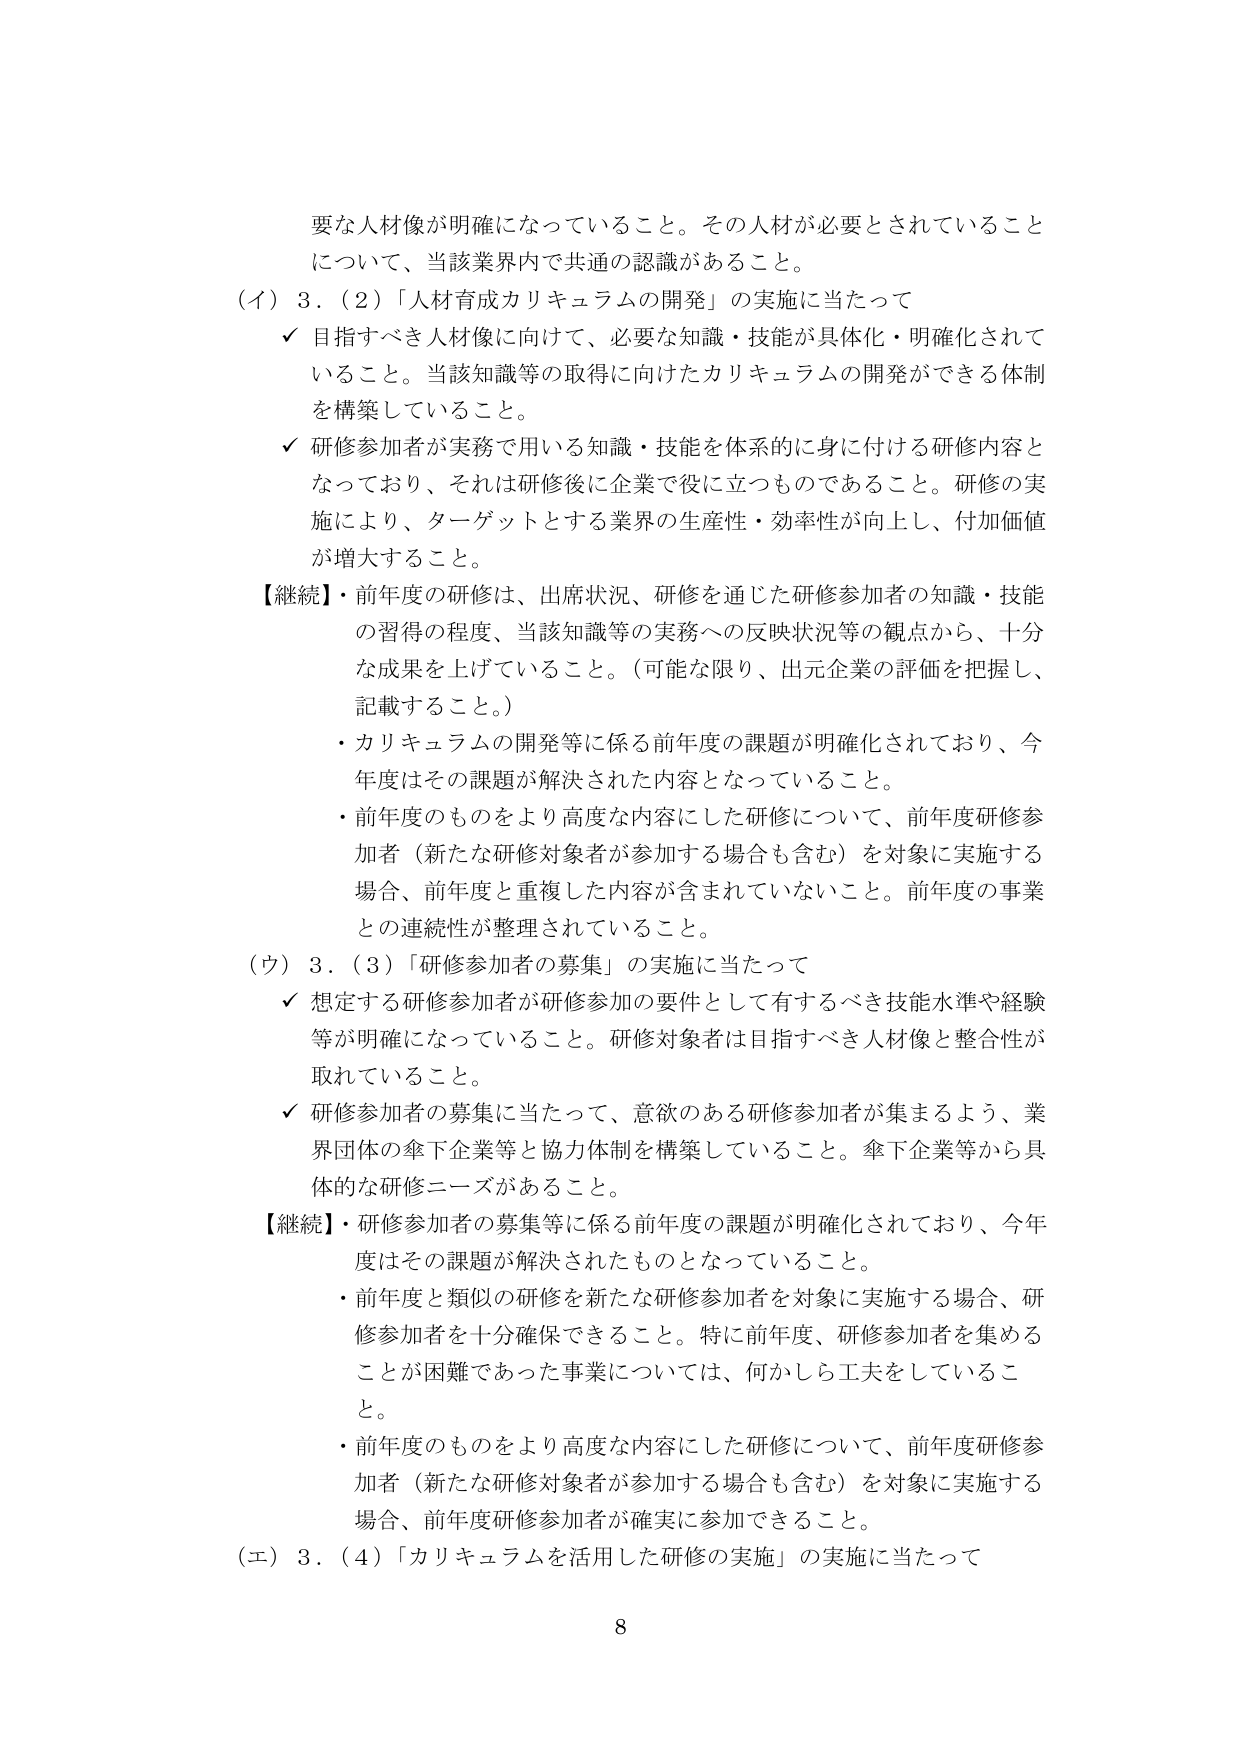
要な人材像が明確になっていること。その人材が必要とされていることについて、当該業界内で共通の認識があること。

（イ）3．（2）「人材育成カリキュラムの開発」の実施に当たって

✓ 目指すべき人材像に向けて、必要な知識・技能が具体化・明確化されていること。当該知識等の取得に向けたカリキュラムの開発ができる体制を構築していること。

✓ 研修参加者が実務で用いる知識・技能を体系的に身に付ける研修内容となっており、それは研修後に企業で役に立つものであること。研修の実施により、ターゲットとする業界の生産性・効率性が向上し、付加価値が増大すること。

【継続】・前年度の研修は、出席状況、研修を通じた研修参加者の知識・技能の習得の程度、当該知識等の実務への反映状況等の観点から、十分な成果を上げていること。（可能な限り、出元企業の評価を把握し、記載すること。）

・カリキュラムの開発等に係る前年度の課題が明確化されており、今年度はその課題が解決された内容となっていること。

・前年度のものをより高度な内容にした研修について、前年度研修参加者（新たな研修対象者が参加する場合も含む）を対象に実施する場合、前年度と重複した内容が含まれていないこと。前年度の事業との連続性が整理されていること。

（ウ）3．（3）「研修参加者の募集」の実施に当たって

✓ 想定する研修参加者が研修参加の要件として有するべき技能水準や経験等が明確になっていること。研修対象者は目指すべき人材像と整合性が取れていること。

✓ 研修参加者の募集に当たって、意欲のある研修参加者が集まるよう、業界団体の傘下企業等と協力体制を構築していること。傘下企業等から具体的な研修ニーズがあること。

【継続】・研修参加者の募集等に係る前年度の課題が明確化されており、今年度はその課題が解決されたものとなっていること。

・前年度と類似の研修を新たな研修参加者を対象に実施する場合、研修参加者を十分確保できること。特に前年度、研修参加者を集めることが困難であった事業については、何かしら工夫をしていること。

・前年度のものをより高度な内容にした研修について、前年度研修参加者（新たな研修対象者が参加する場合も含む）を対象に実施する場合、前年度研修参加者が確実に参加できること。

（エ）3．（4）「カリキュラムを活用した研修の実施」の実施に当たって

8